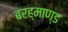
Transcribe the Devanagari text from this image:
बरह्माण्ड